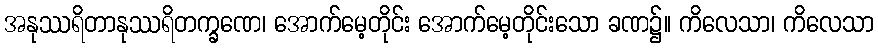
အနုဿရိတာနုဿရိတက္ခဏေ၊ အောက်မေ့တိုင်း အောက်မေ့တိုင်းသော ခဏ၌။ ကိလေသာ၊ ကိလေသာ